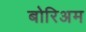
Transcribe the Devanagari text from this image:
बोरिअम